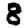
Digit: 8